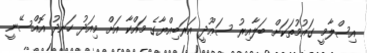
އިސްލާމީ ގައުމުތަކަށް ބަލާއިރު ސަޢޫދީ އަރަބިއްޔާގެ މައްކާ އަށް މިއަދު ހަނދު އޮއްސޭނީ